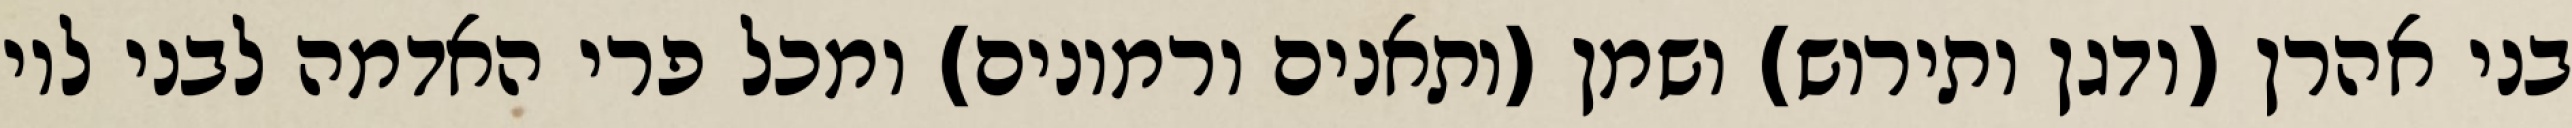
בני אהרן (ודגן ותירוש) ושמן (ותאנים ורמונים) ומכל פרי האדמה לבני לוי